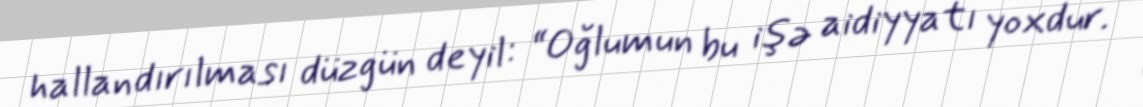
hallandırılması düzgün deyil: “Oğlumun bu işə aidiyyatı yoxdur.